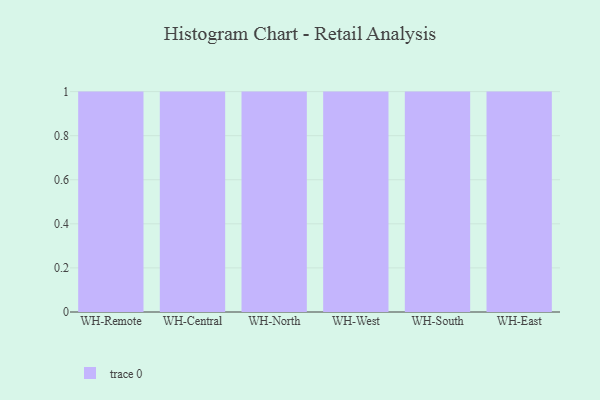
{"axis": {"x": "Warehouse", "y": "Revenue (USD Million)"}, "legend": [""], "data": [{"x": "WH-Remote", "y": 81, "type": ""}, {"x": "WH-Central", "y": 25, "type": ""}, {"x": "WH-North", "y": 98, "type": ""}, {"x": "WH-West", "y": 66, "type": ""}, {"x": "WH-South", "y": 64, "type": ""}, {"x": "WH-East", "y": 25, "type": ""}]}